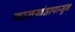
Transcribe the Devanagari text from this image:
कालखंडापासुन